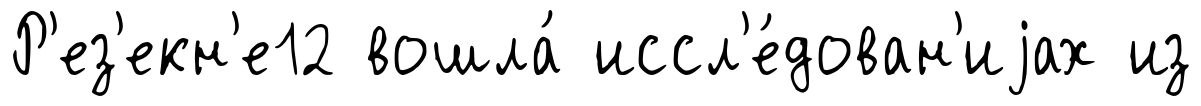
Р'ез'екн'е12 вошла́ иссл'е́дован'иjах из